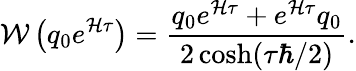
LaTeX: {\cal W}\left(q_{0}e^{{\cal H}\tau}\right)={\frac{q_{0}e^{{\cal H}\tau}+e^{{\cal H}\tau}q_{0}}{2\cosh(\tau\hbar/2)}}.